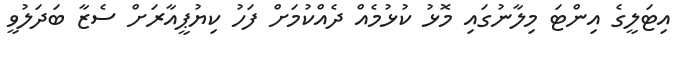
އިޓަލީގެ އިންޓަ މިލާނުގައި މޮޅު ކުޅުމެއް ދެއްކުމަށް ފަހު ކިޔުޕީއާރަށް ސެޒާ ބަދަލުވީ